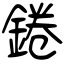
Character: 錈